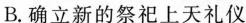
B. 确立新的祭祀上天礼仪